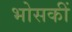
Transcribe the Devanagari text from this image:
भोसकीं